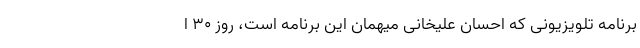
برنامه تلویزیونی که احسان علیخانی میهمان این برنامه است، روز ۳۰ ا